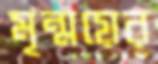
মৃন্ময়ের